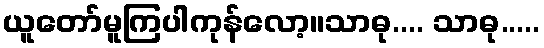
ယူတော်မူကြပါကုန်လော့။သာဓု.... သာဓု.....